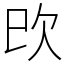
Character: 㰝